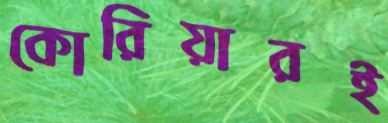
কোরিয়ারই